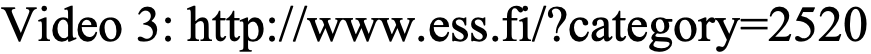
Video 3: http://www.ess.fi/?category=2520